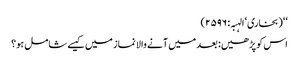
‘‘ (بخاری‘ الہبہ: ۲۵۹۶)
اس کو پڑھیں: بعد میں آنے والا نماز میں کیسے شامل ہو؟